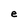
Character: e